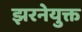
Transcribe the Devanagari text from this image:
झरनेयुक्त